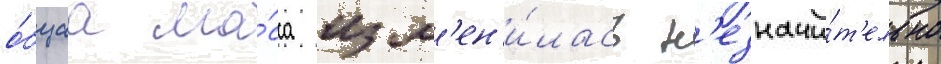
о́бщаа ма́сса изм'ен'и́лась н'езначи́т'ельно